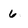
Character: 6